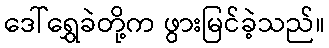
ဒေါ်ရွှေခဲတို့က ဖွားမြင်ခဲ့သည်။